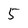
Character: 5